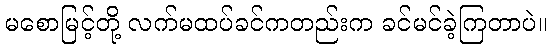
မစောမြင့်တို့ လက်မထပ်ခင်ကတည်းက ခင်မင်ခဲ့ကြတာပဲ။